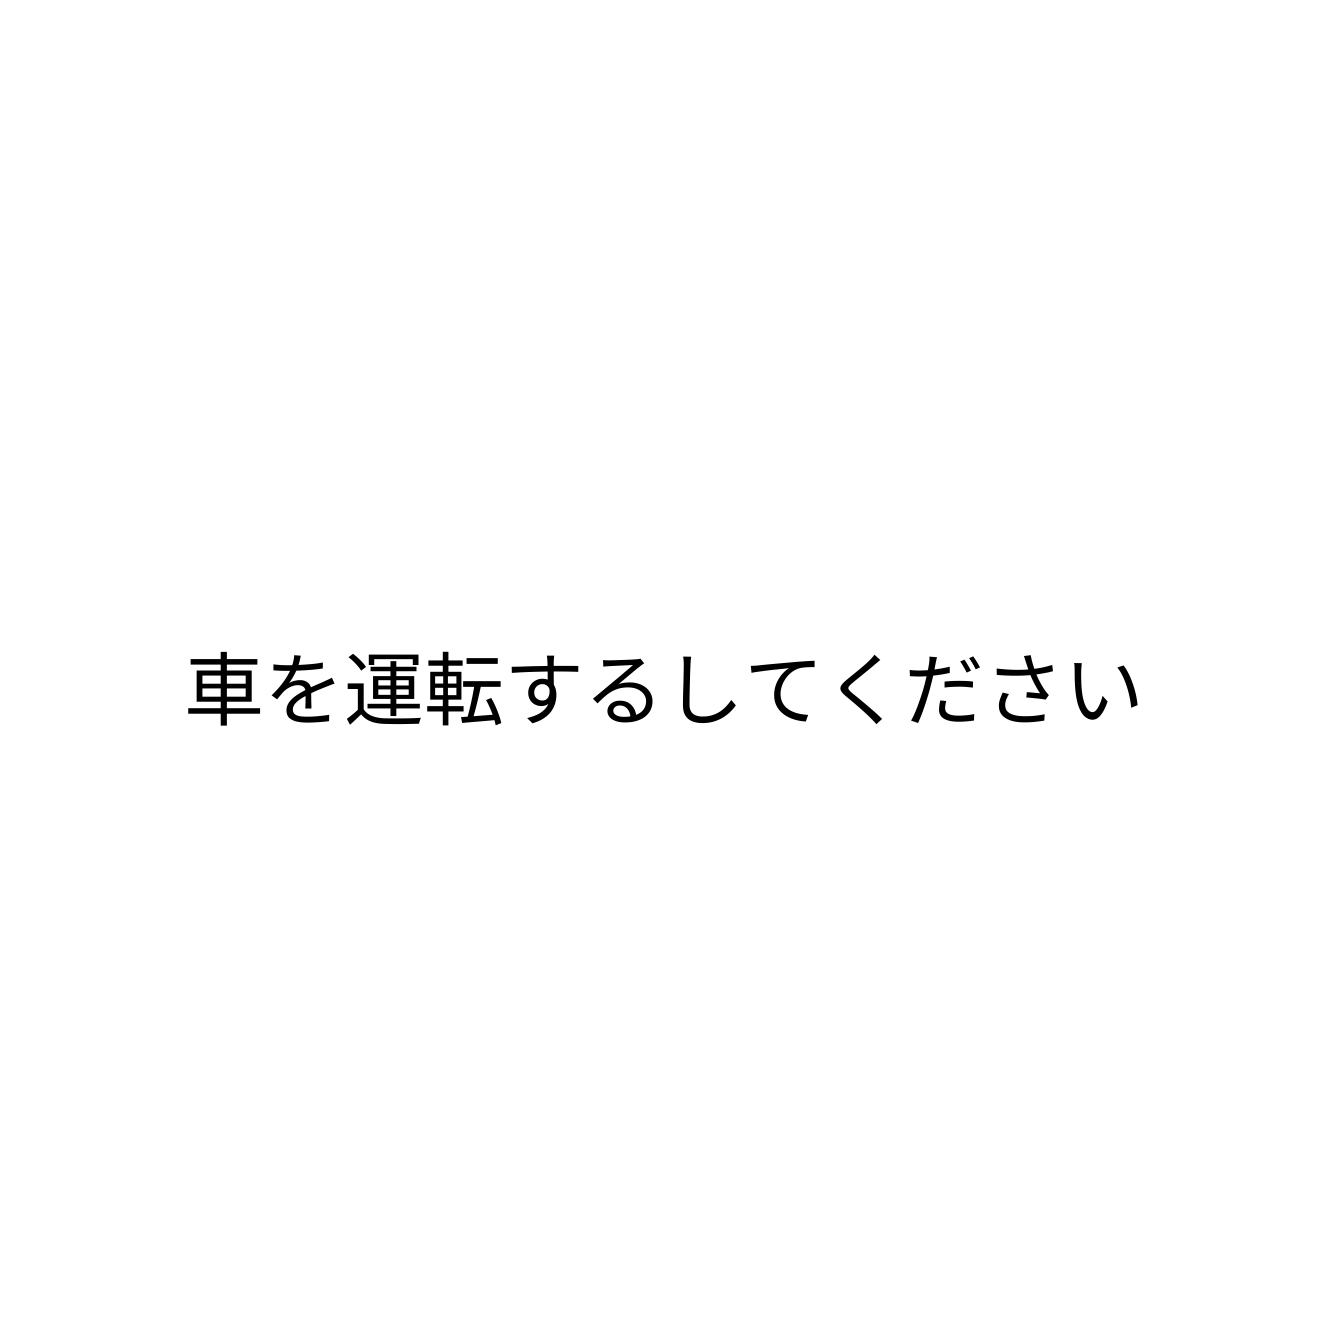
車を運転するしてください